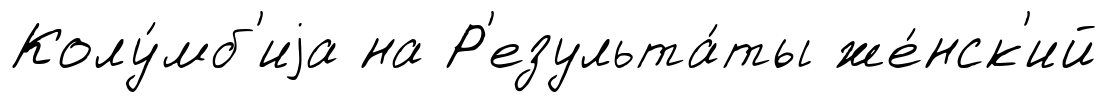
Колу́мб'иjа на Р'езульта́ты же́нск'ий